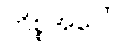
ကိစ္စအပေါ်